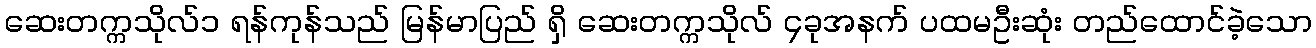
ဆေးတက္ကသိုလ်၁ ရန်ကုန်သည် မြန်မာပြည် ရှိ ဆေးတက္ကသိုလ် ၄ခုအနက် ပထမဦးဆုံး တည်ထောင်ခဲ့သော